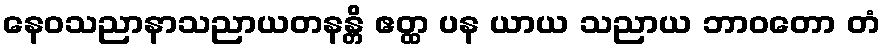
နေဝသညာနာသညာယတနန္တိ ဧတ္ထ ပန ယာယ သညာယ ဘာဝတော တံ